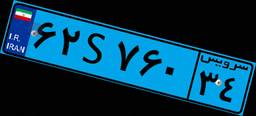
۴۹S۷۴۱۶۳